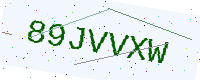
Text: 89JVVXW